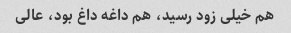
هم خیلی زود رسید، هم داغه داغ بود، عالی